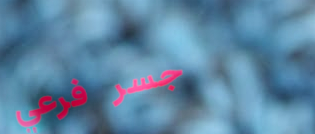
جسر فرعي